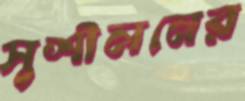
সুশীলনের